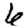
Digit: 6